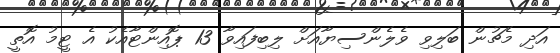
އަދި މެޗުން ބަލިވި ވެލެންސިޔާއަށް ލިބިފައިވާ 13 ޕޮއިންޓާއެކު އެ ޓީމު އޮތީ